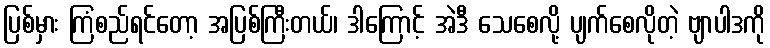
ပြစ်မှား ကြံစည်ရင်တော့ အပြစ်ကြီးတယ်၊ ဒါကြောင့် အဲဒီ သေစေလို့ ပျက်စေလိုတဲ့ ဗျာပါဒကို